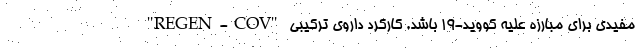
مفیدی برای مبارزه علیه کووید-۱۹ باشد. کارکرد داروی ترکیبی "REGEN-COV"